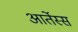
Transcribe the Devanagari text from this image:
आर्तेस्स